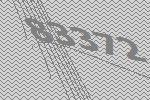
83372